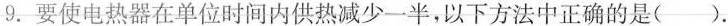
9. 要使电热器在单位时间内供热减少一半，以下方法中正确的是()。